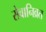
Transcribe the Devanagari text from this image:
सेवानिव्रत